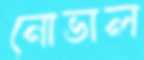
নোভাল